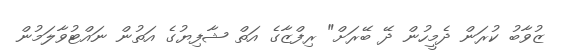
ޒުވާބު ކުރަން ދެމީހުން ދޭ ބޭރަށް" ރިފްޒާގެ އަތް ޝާފިޔުގެ އަތުން ނައްޓުވާލަމުން